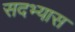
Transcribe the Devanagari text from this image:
सदभ्यास